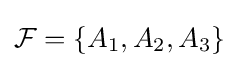
{\mathcal {F}}=\{A_{1},A_{2},A_{3}\}